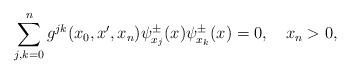
LaTeX: \begin{align*} \sum_{j,k=0}^ng^{jk}(x_0,x',x_n)\psi_{x_j}^\pm(x)\psi_{x_k}^\pm(x)=0,\ \ \ x_n>0,\end{align*}